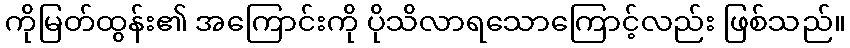
ကိုမြတ်ထွန်း၏ အကြောင်းကို ပိုသိလာရသောကြောင့်လည်း ဖြစ်သည်။